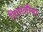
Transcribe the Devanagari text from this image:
तितालीया